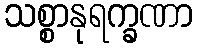
သစ္စာနုရက္ခဏာ